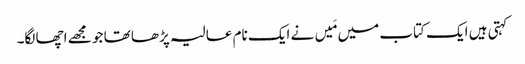
کہتی ہیں ایک کتاب میں مَیں نے ایک نام عالیہ پڑھا تھا جو مجھے اچھا لگا۔